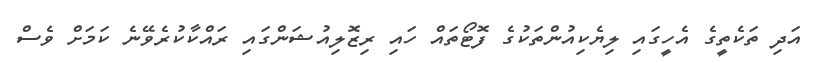
އަދި ތަކެތީގެ އެހީގައި ލިޔެކިއުންތަކުގެ ފޮޓޯތައް ހައި ރިޒޮލިއުޝަންގައި ރައްކާކުރެވޭނެ ކަމަށް ވެސް